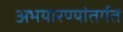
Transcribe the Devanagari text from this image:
अभयारण्यांतर्गत